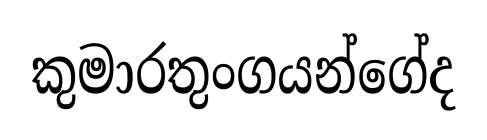
කුමාරතුංගයන්ගේද